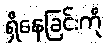
ရှိနေခြင်းကို